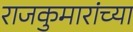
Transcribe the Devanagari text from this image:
राजकुमारांच्या